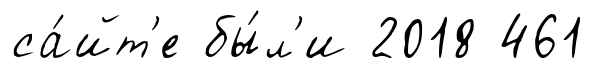
са́йт'е бы́л'и 2018 461